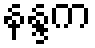
နန္ဒက